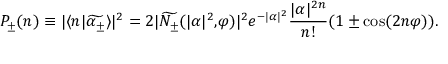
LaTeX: P _ { \pm } ( n ) \equiv | \langle n | \widetilde { \alpha _ { \pm } } \rangle | ^ { 2 } = 2 | \widetilde { N _ { \pm } } ( | \alpha | ^ { 2 } \mathrm { , } \varphi ) | ^ { 2 } e ^ { - | \alpha | ^ { 2 } } \frac { | \alpha | ^ { 2 n } } { n ! } ( 1 \pm \cos ( 2 n \varphi ) ) .